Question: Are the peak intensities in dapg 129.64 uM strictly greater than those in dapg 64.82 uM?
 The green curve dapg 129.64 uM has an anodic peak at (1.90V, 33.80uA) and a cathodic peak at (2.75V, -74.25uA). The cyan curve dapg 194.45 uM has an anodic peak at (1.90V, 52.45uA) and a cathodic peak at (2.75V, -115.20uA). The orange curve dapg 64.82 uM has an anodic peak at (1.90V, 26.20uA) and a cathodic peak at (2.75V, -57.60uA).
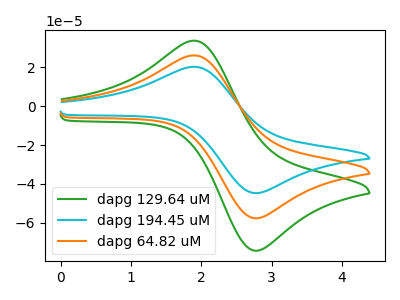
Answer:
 <answer>Every peak in "dapg 129.64 uM" is higher than every peak in "dapg 64.82 uM".</answer>
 <eval>higher</eval>